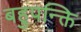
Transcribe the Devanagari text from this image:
बहुपन्क्ति